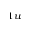
_ { 1 u }